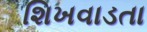
શિખવાડતા